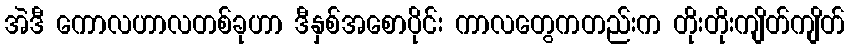
အဲဒီ ကောလဟာလတစ်ခုဟာ ဒီနှစ်အစောပိုင်း ကာလတွေကတည်းက တိုးတိုးကျိတ်ကျိတ်